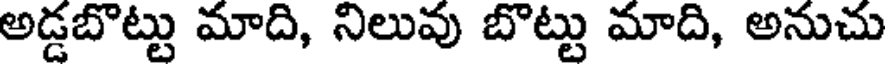
అడ్డబొట్టు మాది, నిలువు బొట్టు మాది, అనుచు